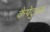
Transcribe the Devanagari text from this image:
कैपेटुला